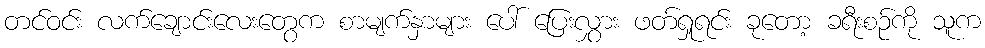
တင်ဝင်း လက်ချောင်းလေးတွေက စာမျက်နှာများ ပေါ် ပြေးလွှား ဖတ်ရှုရင်း ခုတော့ ခရီးစဉ်ကို သူက